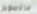
ماكسويل